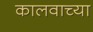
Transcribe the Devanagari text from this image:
कालवाच्या